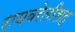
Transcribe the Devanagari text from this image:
रायबरेलीसह